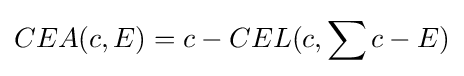
CEA(c,E)=c-CEL(c,\sum c-E)